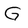
Character: G